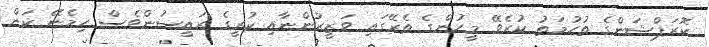
ކޮރަޕްޝަންގެ ތުހުމަތު ކުރެވޭ މީހުންގެ ތެރޭގައި ވަޒީރުންނާއި ކުރީގެ ރައީސުންވެސް ހިމެނޭ ކަން